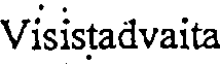
Visistadvaita